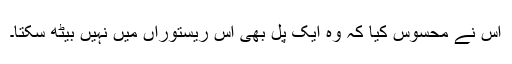
اس نے محسوس کیا کہ وہ ایک پل بھی اس ریستوراں میں نہیں بیٹھ سکتا۔